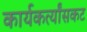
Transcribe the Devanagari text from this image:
कार्यकर्त्यांसकट